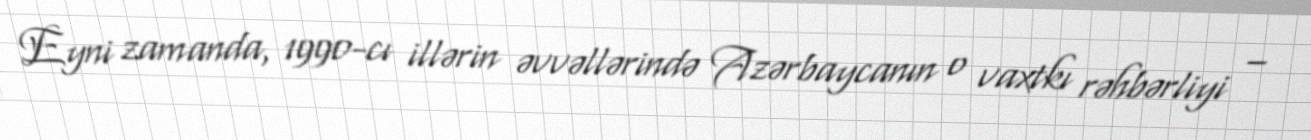
Eyni zamanda, 1990-cı illərin əvvəllərində Azərbaycanın o vaxtkı rəhbərliyi –